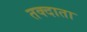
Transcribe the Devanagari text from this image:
तक्दाता